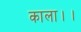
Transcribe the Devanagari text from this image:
काला।।